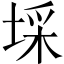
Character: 埰